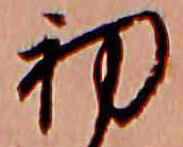
初